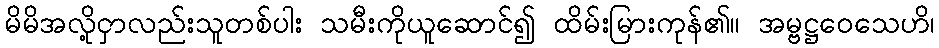
မိမိအလို့ငှာလည်းသူတစ်ပါး သမီးကိုယူဆောင်၍ ထိမ်းမြားကုန်၏။ အမ္ဗဋ္ဌဝေသေဟိ၊